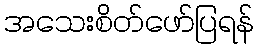
အသေးစိတ်ဖော်ပြရန်